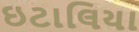
ઇટાલિયા